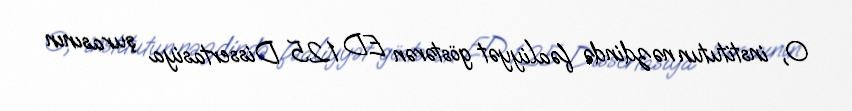
O, institutun nəzdində fəaliyyət göstərən ED 1.25 Dissertasiya şurasının